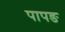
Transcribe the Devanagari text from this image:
पापङ